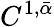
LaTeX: C^{1,\bar{\alpha}}